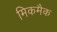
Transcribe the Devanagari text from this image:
मिकमैक